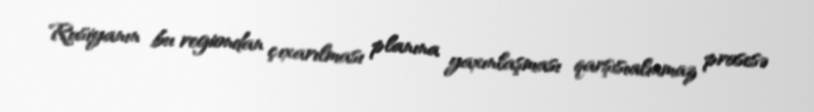
Rusiyanın bu regiondan çıxarılması planına yaxınlaşması qarşısıalınmaz prosesə